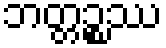
ဘတ္တဉ္စဿ